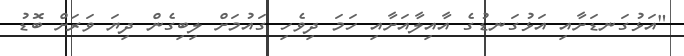
"އަޅުގަނޑަށާއި އަޅުގަނޑުގެ އާއިލާއަށާއި ހަމަ ދިވެހި ގައުމަށް ލިބިގެން ދިޔަ ވަރަށް ބޮޑު